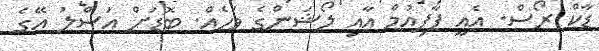
ޑާކް ރޯސް. އެއީ ޕާފިއުމް އާއި ލޯޝަންގެ ވަހެއް. ބޮޮޑަށް އަސްލު އޭގެ